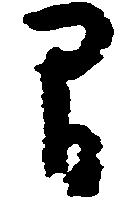
間